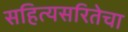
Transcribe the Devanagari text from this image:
सहित्यसरितेचा